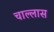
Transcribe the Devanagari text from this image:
चाल्लास